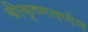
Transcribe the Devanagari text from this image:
श्रीकृष्णवर्णन